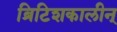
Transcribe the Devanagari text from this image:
ब्रिटिशकालीन्